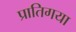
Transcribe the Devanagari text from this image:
प्रातिगया